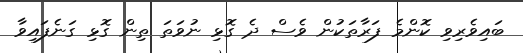
ބައިވެރިވި ކޮންމެ ފަރާތަކުން ވެސް ދެ ގޮޅި ނުވަތަ ތިން ގޮޅި ގަނެފައިވާ